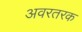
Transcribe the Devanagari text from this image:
अवरतरक